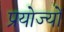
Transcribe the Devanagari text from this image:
प्रयोज्यों